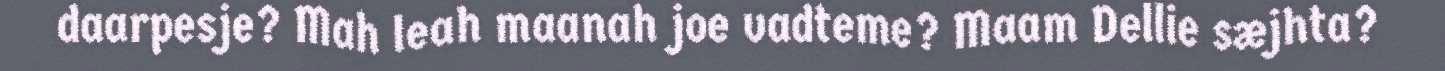
daarpesje? Mah leah maanah joe vadteme? Maam Dellie sæjhta?